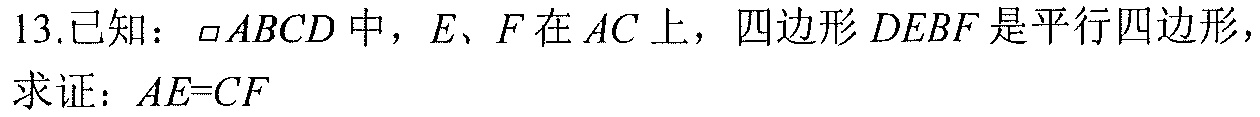
13.已知：$\square ABCD$中，$E、F$在$AC$上，四边形$DEBF$是平行四边形，
求证：$AE = CF$